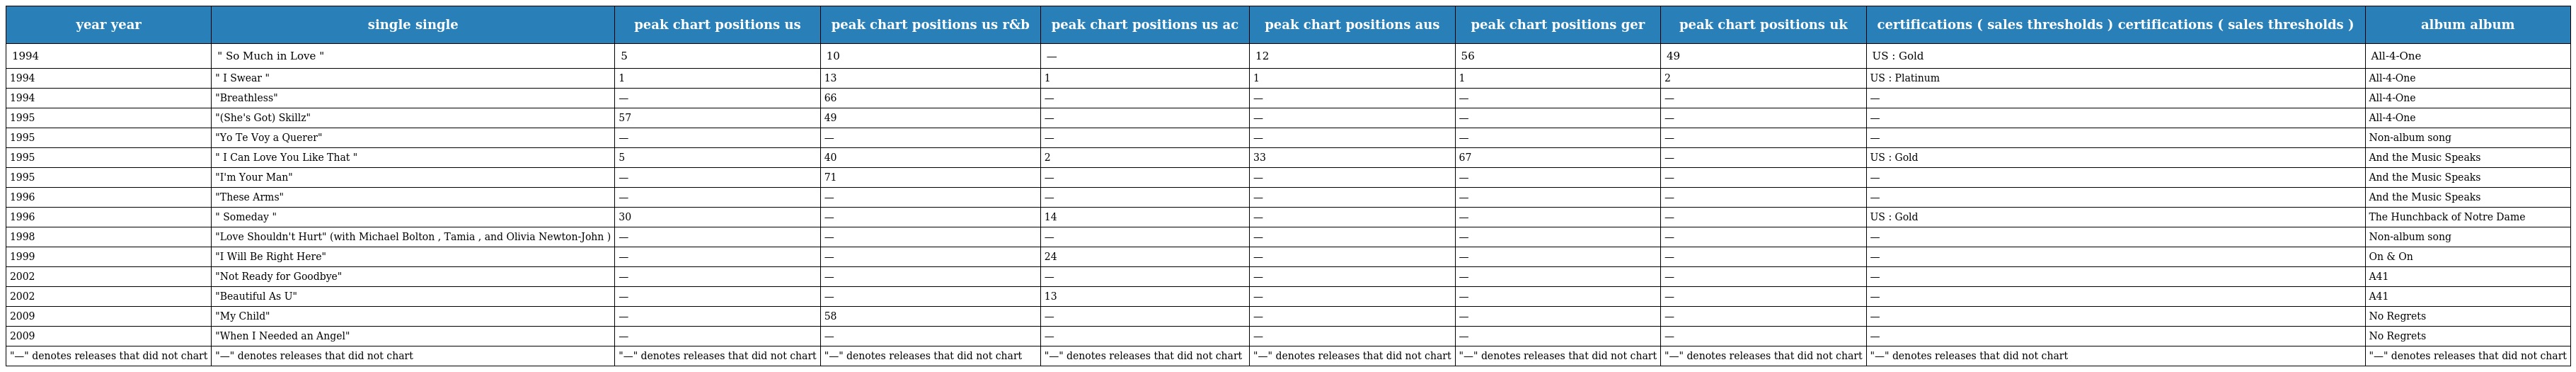
| year year | single single | peak chart positions us | peak chart positions us r&b | peak chart positions us ac | peak chart positions aus | peak chart positions ger | peak chart positions uk | certifications ( sales thresholds ) certifications ( sales thresholds ) | album album |
 | --- | --- | --- | --- | --- | --- | --- | --- | --- | --- |
 | 1994 | " So Much in Love " | 5 | 10 | — | 12 | 56 | 49 | US : Gold | All-4-One |
 | 1994 | " I Swear " | 1 | 13 | 1 | 1 | 1 | 2 | US : Platinum | All-4-One |
 | 1994 | "Breathless" | — | 66 | — | — | — | — | — | All-4-One |
 | 1995 | "(She's Got) Skillz" | 57 | 49 | — | — | — | — | — | All-4-One |
 | 1995 | "Yo Te Voy a Querer" | — | — | — | — | — | — | — | Non-album song |
 | 1995 | " I Can Love You Like That " | 5 | 40 | 2 | 33 | 67 | — | US : Gold | And the Music Speaks |
 | 1995 | "I'm Your Man" | — | 71 | — | — | — | — | — | And the Music Speaks |
 | 1996 | "These Arms" | — | — | — | — | — | — | — | And the Music Speaks |
 | 1996 | " Someday " | 30 | — | 14 | — | — | — | US : Gold | The Hunchback of Notre Dame |
 | 1998 | "Love Shouldn't Hurt" (with Michael Bolton , Tamia , and Olivia Newton-John ) | — | — | — | — | — | — | — | Non-album song |
 | 1999 | "I Will Be Right Here" | — | — | 24 | — | — | — | — | On & On |
 | 2002 | "Not Ready for Goodbye" | — | — | — | — | — | — | — | A41 |
 | 2002 | "Beautiful As U" | — | — | 13 | — | — | — | — | A41 |
 | 2009 | "My Child" | — | 58 | — | — | — | — | — | No Regrets |
 | 2009 | "When I Needed an Angel" | — | — | — | — | — | — | — | No Regrets |
 | "—" denotes releases that did not chart | "—" denotes releases that did not chart | "—" denotes releases that did not chart | "—" denotes releases that did not chart | "—" denotes releases that did not chart | "—" denotes releases that did not chart | "—" denotes releases that did not chart | "—" denotes releases that did not chart | "—" denotes releases that did not chart | "—" denotes releases that did not chart |